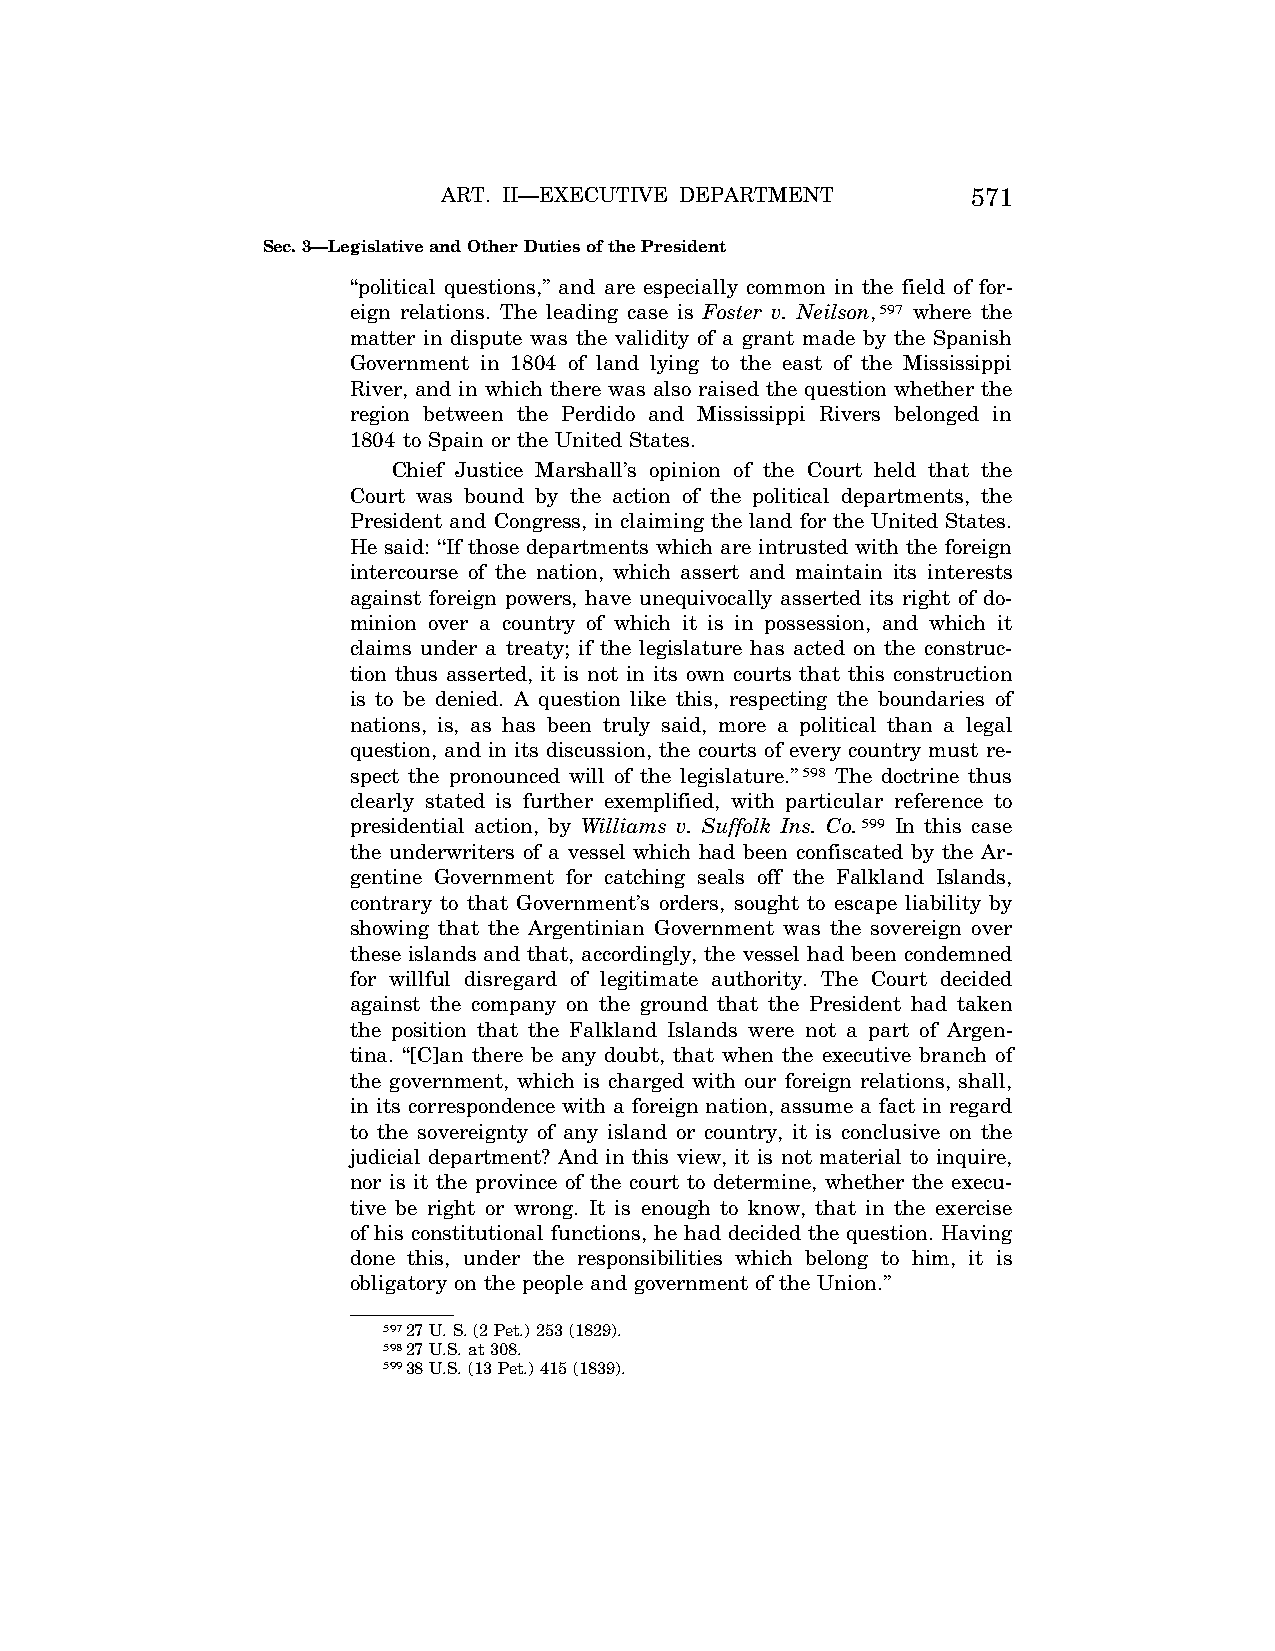
ART. II—EXECUTIVE DEPARTMENT       571
 Sec. 3—Legislative and Other Duties of the President
 ‘‘political questions,’’ and are especially common in the field of for-
 eign relations. The leading case is Foster v. Neilson,597 where the
 matter in dispute was the validity of a grant made by the Spanish
 Government in 1804 of land lying to the east of the Mississippi
 River, and in which there was also raised the question whether the
 region between the Perdido and Mississippi Rivers belonged in
 1804 to Spain or the United States.
 Chief Justice Marshall’s opinion of the Court held that the
 Court was bound by the action of the political departments, the
 President and Congress, in claiming the land for the United States.
 He said: ‘‘If those departments which are intrusted with the foreign
 intercourse of the nation, which assert and maintain its interests
 against foreign powers, have unequivocally asserted its right of do-
 minion over a country of which it is in possession, and which it
 claims under a treaty; if the legislature has acted on the construc-
 tion thus asserted, it is not in its own courts that this construction
 is to be denied. A question like this, respecting the boundaries of
 nations, is, as has been truly said, more a political than a legal
 question, and in its discussion, the courts of every country must re-
 spect the pronounced will of the legislature.’’598 The doctrine thus
 clearly stated is further exemplified, with particular reference to
 presidential action, by Williams v. Suffolk Ins. Co.599 In this case
 the underwriters of a vessel which had been confiscated by the Ar-
 gentine Government for catching seals off the Falkland Islands,
 contrary to that Government’s orders, sought to escape liability by
 showing that the Argentinian Government was the sovereign over
 these islands and that, accordingly, the vessel had been condemned
 for willful disregard of legitimate authority. The Court decided
 against the company on the ground that the President had taken
 the position that the Falkland Islands were not a part of Argen-
 tina. ‘‘[C]an there be any doubt, that when the executive branch of
 the government, which is charged with our foreign relations, shall,
 in its correspondence with a foreign nation, assume a fact in regard
 to the sovereignty of any island or country, it is conclusive on the
 judicial department? And in this view, it is not material to inquire,
 nor is it the province of the court to determine, whether the execu-
 tive be right or wrong. It is enough to know, that in the exercise
 of his constitutional functions, he had decided the question. Having
 done this, under the responsibilities which belong to him, it is
 obligatory on the people and government of the Union.’’
 59727 U. S. (2 Pet.) 253 (1829).
 59827 U.S. at 308.
 59938 U.S. (13 Pet.) 415 (1839).
 VerDate Aug<04>2004 13:21 Oct 06, 2004 Jkt 077500 PO 00000 Frm 00139 Fmt 8222 Sfmt 8222 C:\CONAN\CON011.SGM PRFM99 PsN: CON011